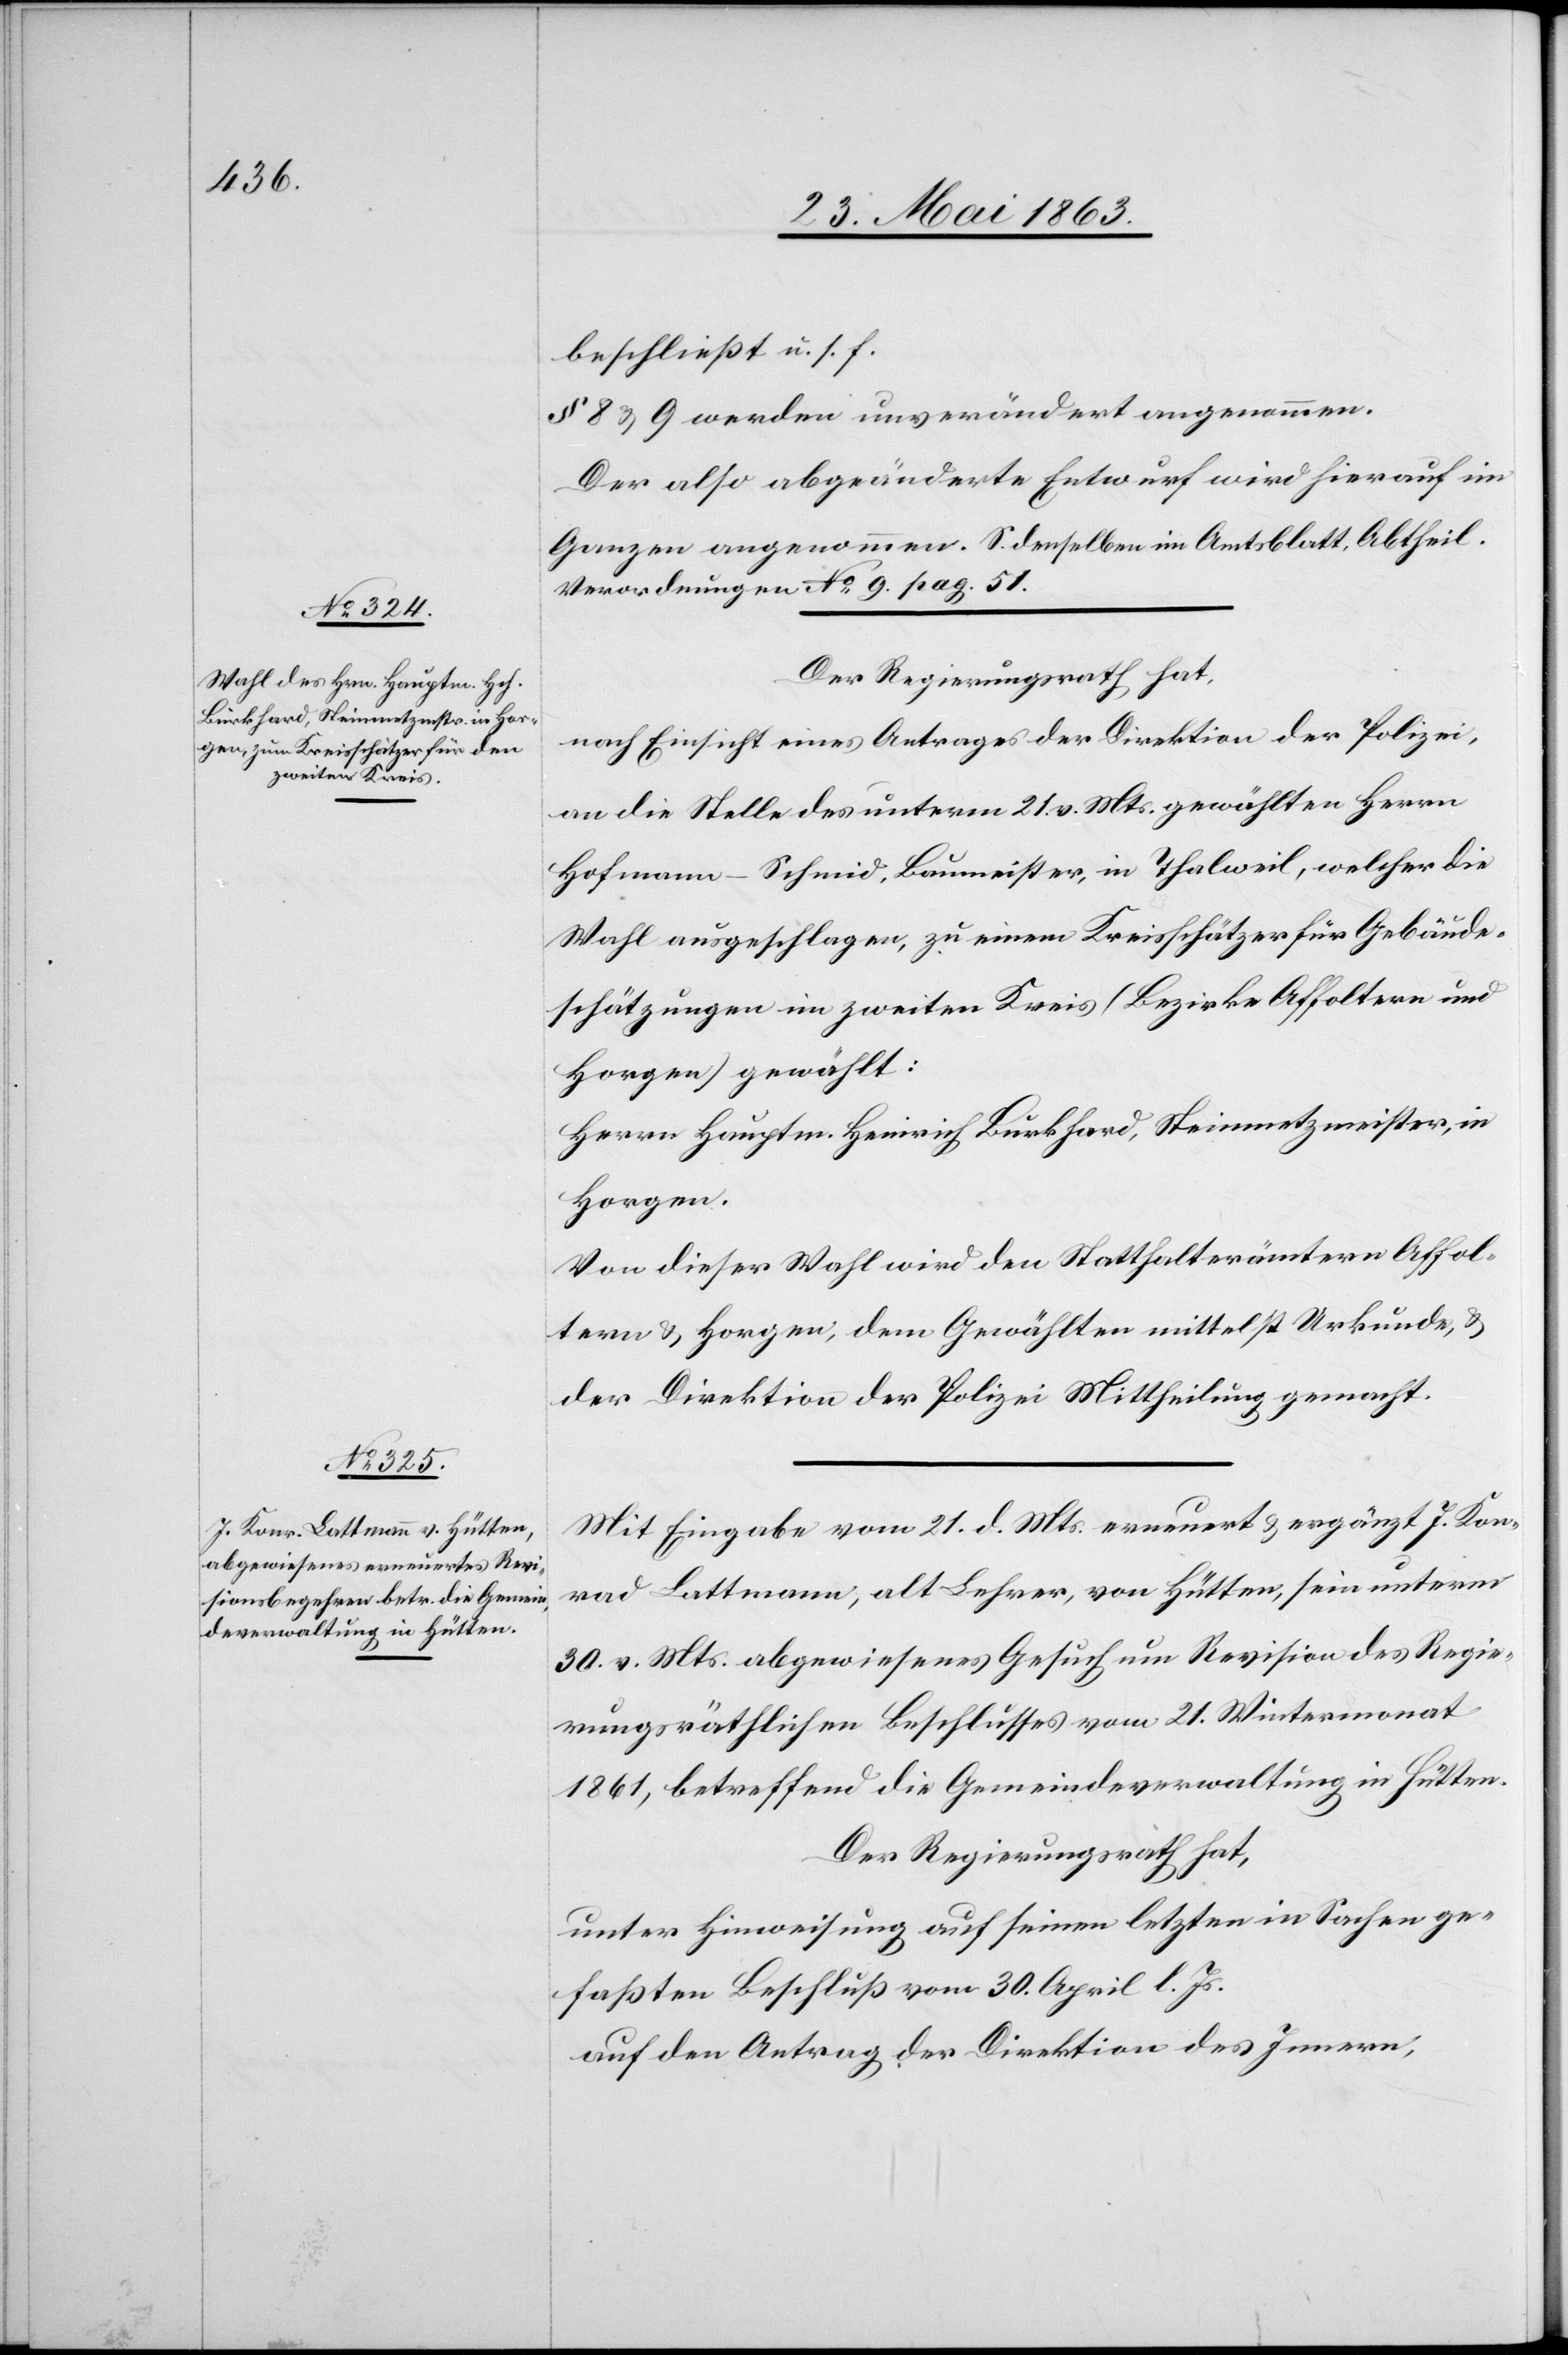
beschließt u. s. f.
§ 8 & 9 werden unverändert angenommen.
Der also abgeänderte Entwurf wird hierauf im
Ganzen angenommen. S. denselben im Amtsblatt, Abtheil.
Verordnungen No 9. pag. 51.
Der Regierungsrath hat,
nach Einsicht eines Antrages der Direktion der Polizei,
an die Stelle des unterm 21. v. Mts. gewählten Herrn
Hofmann-Schmid, Baumeister, in Thalweil, welcher die
Wahl ausgeschlagen, zu einem Kreisschätzer für Gebäude¬
schätzungen im zweiten Kreis (Bezirke Affoltern und
Horgen) gewählt:
Herrn Hauptm. Heinrich Burkhard, Steinmetzmeister, in
Horgen.
Von dieser Wahl wird den Statthalterämtern Affol¬
tern & Horgen, dem Gewählten mittelst Urkunde, &
der Direktion der Polizei Mittheilung gemacht.
Mit Eingabe vom 21. d. Mts. erneuert & ergänzt J. Kon¬
rad Lattmann, alt Lehrer, von Hütten, sein unterm
30. v. Mts. abgewiesenes Gesuch um Revision des Regie¬
rungsräthlichen Beschlusses vom 21. Wintermonat
1861, betreffend die Gemeindeverwaltung in Hütten.
Der Regierungsrath hat,
unter Hinweisung auf seinen letzten in Sachen ge¬
faßten Beschluß vom 30. April l. Js.
auf den Antrag der Direktion des Innern,